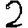
Digit: 2